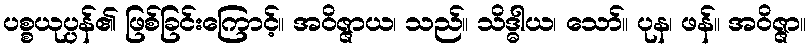
ပစ္စယုပ္ပန်၏ ဖြစ်ခြင်းကြောင့်။ အဝိဇ္ဇာယ၊ သည်။ သိဒ္ဓါယ၊ သော်။ ပုန၊ ဖန်။ အဝိဇ္ဇာ။